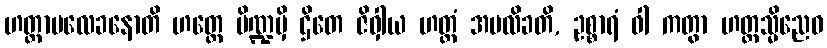
ဟတ္ထာပလေခနောတိ ဟတ္ထေ ပိဏ္ဍမှိ ဌိတေ ဇိဝှါယ ဟတ္ထံ အပလိခတိ, ဥစ္စာရံ ဝါ ကတွာ ဟတ္ထသ္မိညေဝ